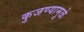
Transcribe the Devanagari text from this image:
कुजण्यामुळे